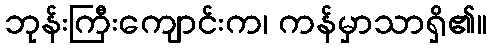
ဘုန်းကြီးကျောင်းက၊ ကန်မှာသာရှိ၏။